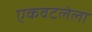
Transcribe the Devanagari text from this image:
एकवटलेला